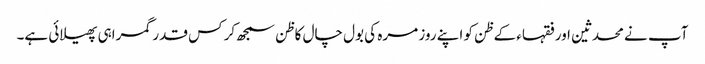
آپ نے محدثین اورفقہاء کے ظن کو اپنے روز مرہ کی بول چال کا ظن سمجھ کر کس قدر گمراہی پھیلائی ہے۔